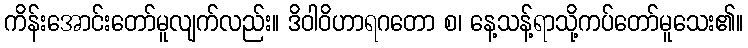
ကိန်းအောင်းတော်မူလျက်လည်း။ ဒိဝါဝိဟာရဂတော စ၊ နေ့သန့်ရာသို့ကပ်တော်မူသေး၏။